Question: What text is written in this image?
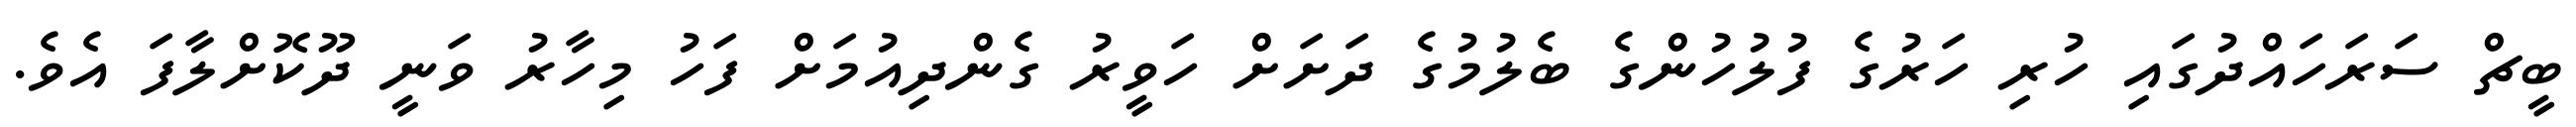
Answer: ބީޗް ސަރަހައްދުގައި ހުރި ހަރުގެ ފުލުހުންގެ ބެލުމުގެ ދަށަށް ހަވީރު ގެންދިއުމަށް ފަހު މިހާރު ވަނީ ދޫކޮށްލާފަ އެވެ.